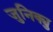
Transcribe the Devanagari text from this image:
जुनिक्यु